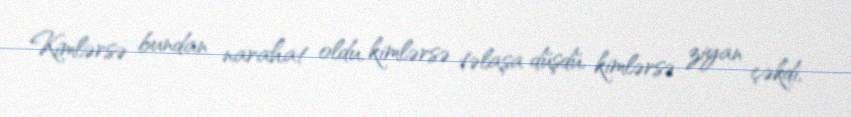
Kimlərsə bundan narahat oldu, kimlərsə təlaşa düşdü, kimlərsə ziyan çəkdi,